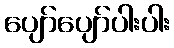
ပျော်ပျော်ပါးပါး